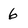
Character: 6